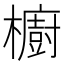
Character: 櫥